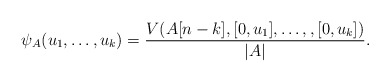
\begin{align*}\psi_A(u_1, \dots, u_k)=\frac{V(A[n-k],[0,u_1],\dots, ,[0,u_k])}{|A|}.\end{align*}